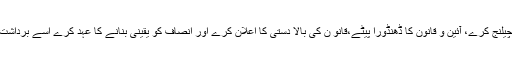
کوئی آواز جو مقتدرہ کو چیلنج کرے، آئین و قانون کا ڈھنڈورا پیٹے،قانو ن کی بالا دستی کا اعلان کرے اور انصاف کو یقینی بنانے کا عہد کرے اسے برداشت کیسے کیا جا سکتا ہے؟